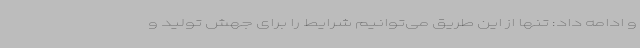
و ادامه داد: تنها از این طریق می‌توانیم شرایط را برای جهش تولید و